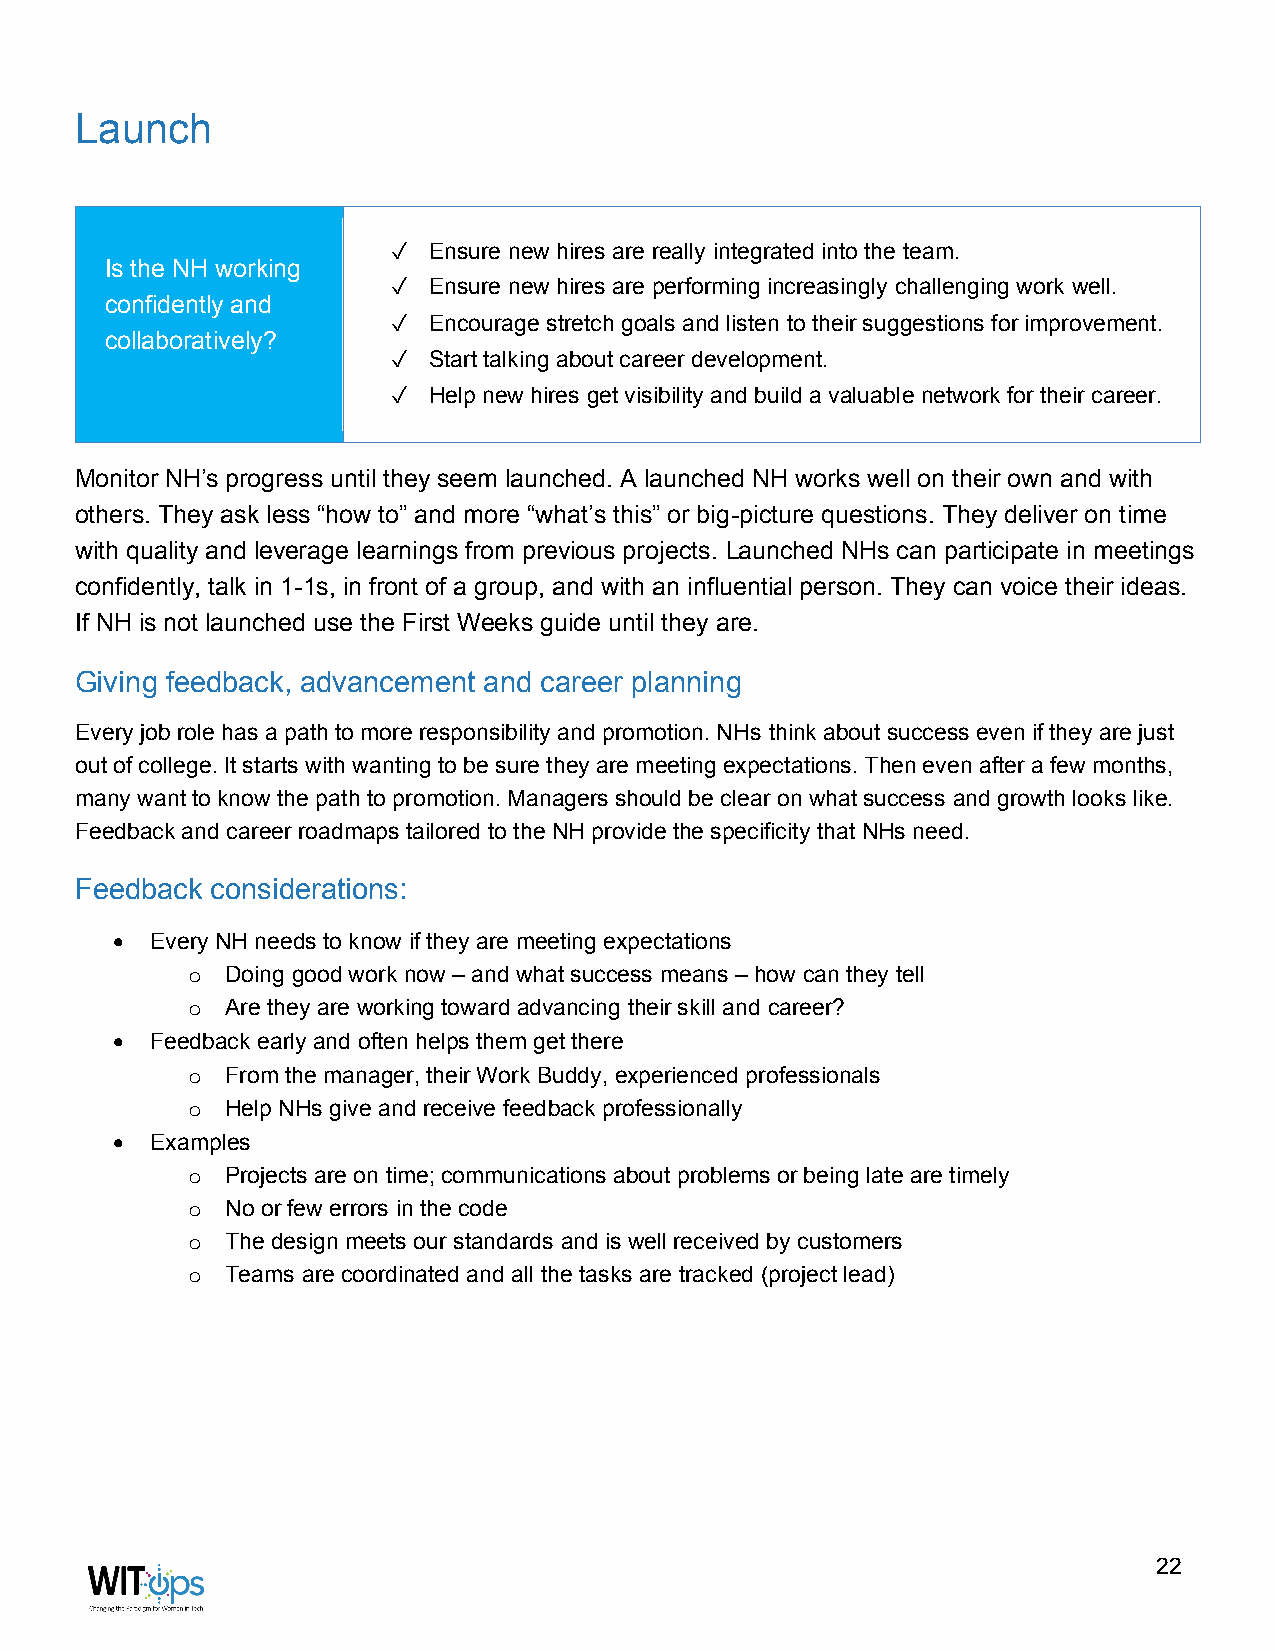
Launch
 ✓ Ensure new hires are really integrated into the team.
 Is the NH working
 ✓ Ensure new hires are performing increasingly challenging work well.
 confidently and
 ✓ Encourage stretch goals and listen to their suggestions for improvement.
 collaboratively?
 ✓ Start talking about career development.
 ✓ Help new hires get visibility and build a valuable network for their career.
 Monitor NH’s progress until they seem launched. A launched NH works well on their own and with
 others. They ask less “how to” and more “what’s this” or big-picture questions. They deliver on time
 with quality and leverage learnings from previous projects. Launched NHs can participate in meetings
 confidently, talk in 1-1s, in front of a group, and with an influential person. They can voice their ideas.
 If NH is not launched use the First Weeks guide until they are.
 Giving feedback, advancement and career planning
 Every job role has a path to more responsibility and promotion. NHs think about success even if they are just
 out of college. It starts with wanting to be sure they are meeting expectations. Then even after a few months,
 many want to know the path to promotion. Managers should be clear on what success and growth looks like.
 Feedback and career roadmaps tailored to the NH provide the specificity that NHs need.
 Feedback considerations:
 •  Every NH needs to know if they are meeting expectations
 Doing good work now – and what success means – how can they tell
 o
 Are they are working toward advancing their skill and career?
 o
 •  Feedback early and often helps them get there
 From the manager, their Work Buddy, experienced professionals
 o
 Help NHs give and receive feedback professionally
 o
 •  Examples
 Projects are on time; communications about problems or being late are timely
 o
 No or few errors in the code
 o
 The design meets our standards and is well received by customers
 o
 Teams are coordinated and all the tasks are tracked (project lead)
 o
 22